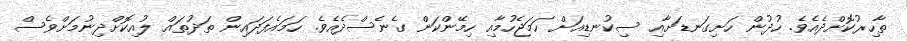
ތާހިރުކޮށްދެއެވެ. ހުދުން ހަށިގަނޑަށާއި ސިކުނޑިއަށް ހަމަޖެހުމާއި ހިމޭންކަން ގެނެސްދެއެވެ. ހަމައެފަދައިން ތަދުތައް ލުއިކޮށްދިނުމަށްވެސް